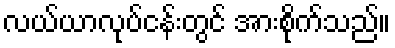
လယ်ယာလုပ်ငန်းတွင် အားစိုက်သည်။